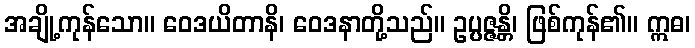
အချို့ကုန်သော။ ဝေဒယိတာနိ၊ ဝေဒနာတို့သည်။ ဥပ္ပဇ္ဇန္တိ၊ ဖြစ်ကုန်၏။ ဣဓ၊